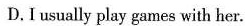
D.Iusually play games with her.